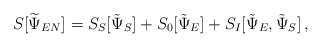
\begin{align*}S[\widetilde{\Psi}_{EN}]=S_S[\tilde \Psi_S]+S_0[\tilde\Psi_E]+S_I[\tilde \Psi_E, \tilde \Psi_S]\,,\end{align*}